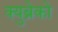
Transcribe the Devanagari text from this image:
क्युब्रेको